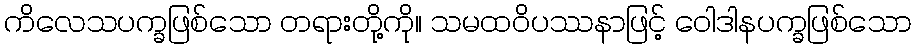
ကိလေသပက္ခဖြစ်သော တရားတို့ကို။ သမထဝိပဿနာဖြင့် ဝေါဒါနပက္ခဖြစ်သော